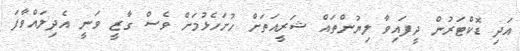
އަދި ޑޮކްޓަރުން ދީފައިވާ ލިޔުންތައް ޝަރީއަތަށް ހުށަހެޅުމަށް ވެސް ގާޒީ ވަނީ އެދިލައްވާފަ